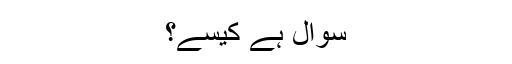
سوال ہے کیسے؟